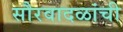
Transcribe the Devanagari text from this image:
सौरवादळांची